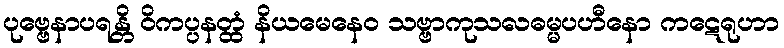
ပုဗ္ဗေနာပရန္တိ ဝိကပ္ပနတ္ထံ နိယမေနေဝ သဗ္ဗာကုသလဓမ္မပဟီနော ကဋေရုဟာ